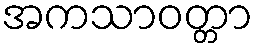
အကသာဝတ္တာ